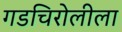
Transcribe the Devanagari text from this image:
गडचिरोलीला